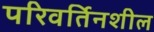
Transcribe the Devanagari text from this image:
परिवर्तिनशील